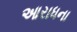
આરાધના